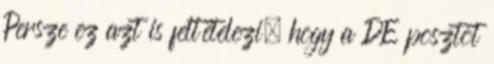
Persze ez azt is feltételezi, hogy a DE posztot